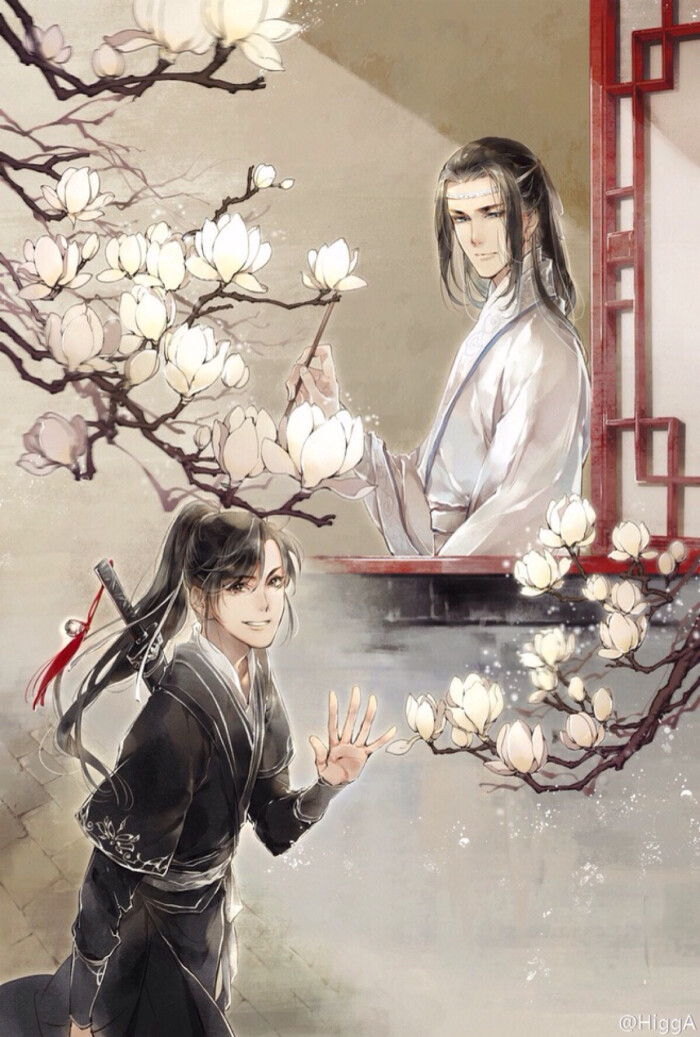
陌上花开蝴蝶飞，江山犹是昔人非。